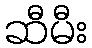
ဆီမီး